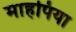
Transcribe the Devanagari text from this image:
माहपिया